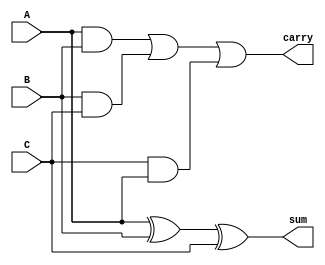


module FS(A,B,C,sum,carry);
output sum,carry;
input A,B,C;

       
 
 assign sum = A ^ B ^ C;
 assign carry = (A & B) | ( B & C ) | ( C & A) ;


 
  
 
 endmodule